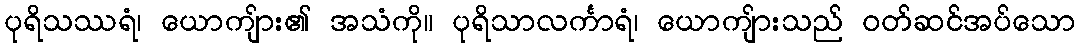
ပုရိသဿရံ၊ ယောကျ်ား၏ အသံကို။ ပုရိသာလင်္ကာရံ၊ ယောကျ်ားသည် ဝတ်ဆင်အပ်သော